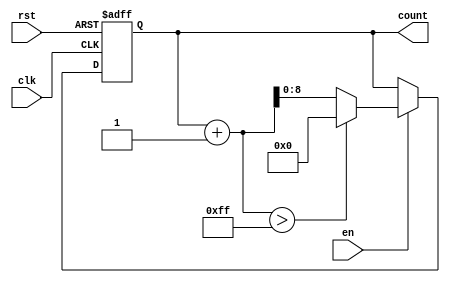
module IncrementalCounter #(
    parameter INIT_VAL = 0,            // Initial value of the counter
    parameter MAX_VAL = 255,            // Maximum value of the counter
    parameter INC_VAL = 1               // Increment value (default is 1)
)(
    input wire clk,                     // Clock signal
    input wire rst,                     // Asynchronous reset signal
    input wire en,                      // Enable signal
    output reg [$clog2(MAX_VAL):0] count // Current count value
);

    always @(posedge clk or posedge rst) begin
        if (rst) begin
            // Reset the counter to initial value
            count <= INIT_VAL;
        end else if (en) begin
            // Increment the counter
            if (count + INC_VAL > MAX_VAL) begin
                count <= INIT_VAL; // Wrap around to initial value
            end else begin
                count <= count + INC_VAL; // Increment count by INC_VAL
            end
        end
    end

endmodule